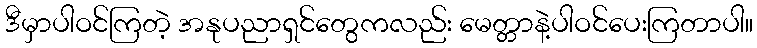
ဒီမှာပါဝင်ကြတဲ့ အနုပညာရှင်တွေကလည်း မေတ္တာနဲ့ပါဝင်ပေးကြတာပါ။